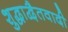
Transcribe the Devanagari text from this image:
शुद्धाद्वैतवादी